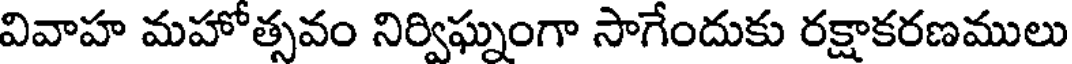
వివాహ మహోత్సవం నిర్విఘ్నంగా సాగేందుకు రక్షాకరణములు